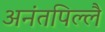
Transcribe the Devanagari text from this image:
अनंतपिल्लै